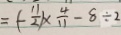
= ( - \frac { 1 1 } { 2 } ) \times \frac { 4 } { 1 1 } - 8 \div 2